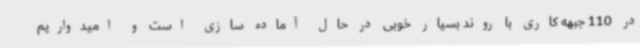
در 110 جبهه کاری با روند بسیار خوبی در حال آماده سازی است و امیدواریم